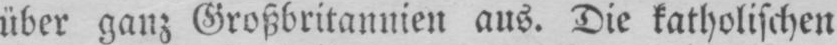
über ganz Großbritannien aus. Die katholischen